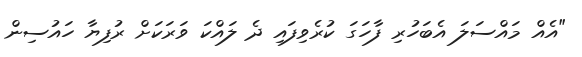
"އެއް މައްސަލަ އެބަހުރި ފާހަގަ ކުރެވިފައި ދެ ލައްކަ ވަަރަކަށް ރުފިޔާ ހައުސިން